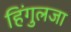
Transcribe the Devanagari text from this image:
हिंगुलजा